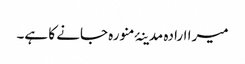
میرا ارادہ مدینۂ منورہ جانے کا ہے۔